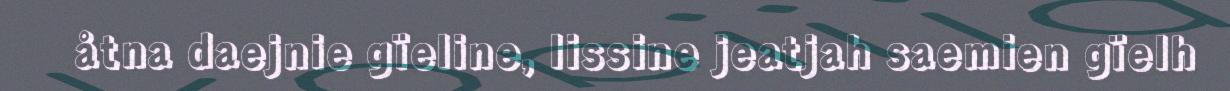
åtna daejnie gïeline, lissine jeatjah saemien gïelh